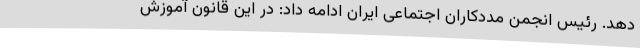
دهد. رئیس انجمن مددکاران اجتماعی ایران ادامه داد: در این قانون آموزش